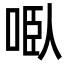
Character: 𭈌